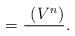
LaTeX: \begin{align*} = \overline{}\frac{~ _{}(V^n)}{}.\end{align*}